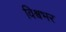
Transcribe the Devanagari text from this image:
विश्र्वभर